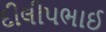
દીલીપભાઈ